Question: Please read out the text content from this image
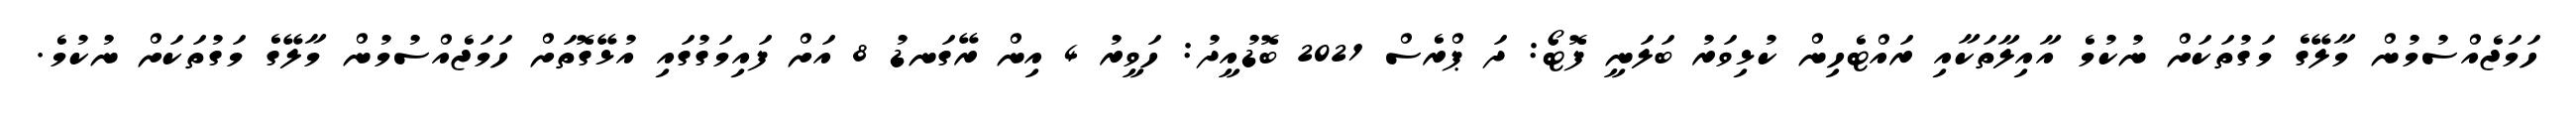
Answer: ހަމަޖެއްސުމުން މާލޭގެ މަގުތަކަށް ނުކުމެ އާއިލާތަކާއި ރައްޓެހިން ކުޅިވަރު ބަލަނީ ފޮޓޯ: ދަ ޕްރެސް 2021 ބޮޑުއީދު: ހަވީރު 4 އިން ރޭގަނޑު 8 އަށް ފައިމަގުގައި އުޅޭގޮތަށް ހަމަޖެއްސުމުން މާލޭގެ މަގުތަކަށް ނުކުމެ.